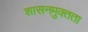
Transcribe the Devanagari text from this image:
शासनमुक्तता